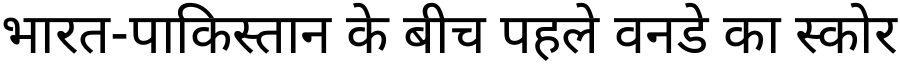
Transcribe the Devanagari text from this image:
भारत-पाकिस्तान के बीच पहले वनडे का स्कोर